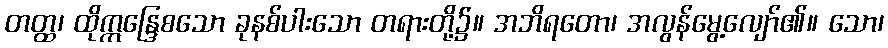
တတ္ထ၊ ထိုဣန္ဒြေစသော ခုနစ်ပါးသော တရားတို့၌။ အဘိရတော၊ အလွန်မွေ့လျော်၏။ သော၊